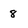
Character: 8